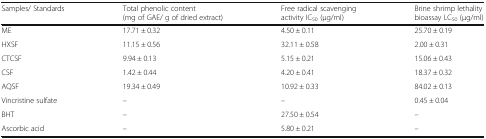
<table><thead><tr><td><b>Samples/ Standards</b></td><td><b>Total phenolic content (mg of GAE/ g of dried extract)</b></td><td><b>Free radical scavenging activity IC<sub>50</sub> (μg/ml)</b></td><td><b>Brine shrimp lethality bioassay LC<sub>50</sub> (μg/ml)</b></td></tr></thead><tbody><tr><td>ME</td><td>17.71 ± 0.32</td><td>4.50 ± 0.11</td><td>25.70 ± 0.19</td></tr><tr><td>HXSF</td><td>11.15 ± 0.56</td><td>32.11 ± 0.58</td><td>2.00 ± 0.31</td></tr><tr><td>CTCSF</td><td>9.94 ± 0.13</td><td>5.15 ± 0.21</td><td>15.06 ± 0.43</td></tr><tr><td>CSF</td><td>1.42 ± 0.44</td><td>4.20 ± 0.41</td><td>18.37 ± 0.32</td></tr><tr><td>AQSF</td><td>19.34 ± 0.49</td><td>10.92 ± 0.33</td><td>84.02 ± 0.13</td></tr><tr><td>Vincristine sulfate</td><td>–</td><td>–</td><td>0.45 ± 0.04</td></tr><tr><td>BHT</td><td>–</td><td>27.50 ± 0.54</td><td>–</td></tr><tr><td>Ascorbic acid</td><td>–</td><td>5.80 ± 0.21</td><td>–</td></tr></tbody></table>